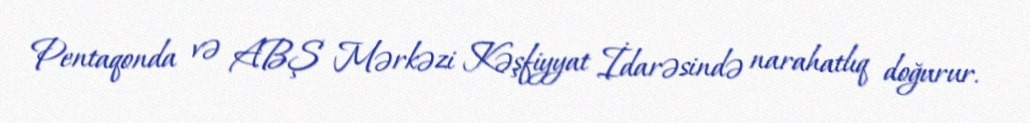
Pentaqonda və ABŞ Mərkəzi Kəşfiyyat İdarəsində narahatlıq doğurur.